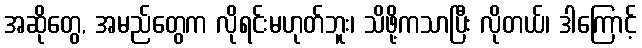
အဆိုတွေ, အမည်တွေက လိုရင်းမဟုတ်ဘူး၊ သိဖို့ကသာပြီး လိုတယ်၊ ဒါကြောင့်